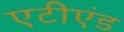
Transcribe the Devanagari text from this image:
एटीएंड